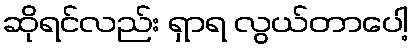
ဆိုရင်လည်း ရှာရ လွယ်တာပေါ့